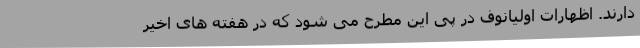
دارند. اظهارات اولیانوف در پی این مطرح می شود که در هفته های اخیر